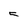
Character: 5